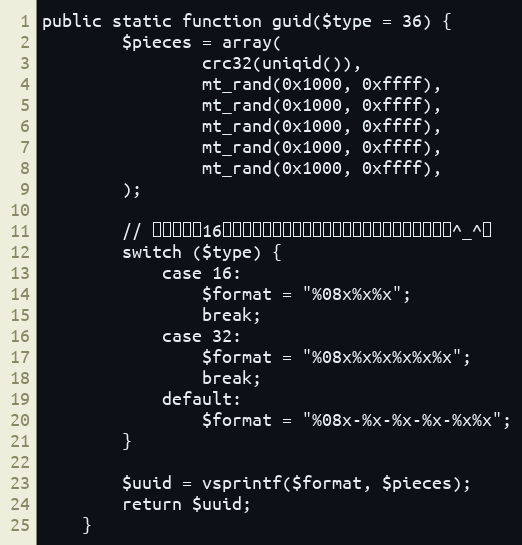
Language: PHP
public static function guid($type = 36) {
		$pieces = array(
				crc32(uniqid()),
				mt_rand(0x1000, 0xffff),
				mt_rand(0x1000, 0xffff),
				mt_rand(0x1000, 0xffff),
				mt_rand(0x1000, 0xffff),
				mt_rand(0x1000, 0xffff),
		);

		// 返回小写的16进制字符串（大写对密集型恐惧症人有更大的压迫感^_^）
		switch ($type) {
			case 16:
				$format = "%08x%x%x";
				break;
			case 32:
				$format = "%08x%x%x%x%x%x";
				break;
			default:
				$format = "%08x-%x-%x-%x-%x%x";
		}

		$uuid = vsprintf($format, $pieces);
		return $uuid;
	}